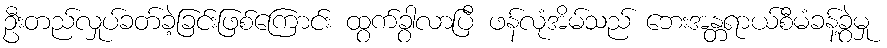
ဦးတည်လှုပ်ခတ်ခဲ့ခြင်းဖြစ်ကြောင်း ထွက်ခွာလာပြီ ဖန်လုံအိမ်သည် ဘေးအန္တရာယ်စီမံခန့်ခွဲမှု